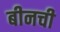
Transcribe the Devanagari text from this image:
बीनची